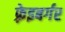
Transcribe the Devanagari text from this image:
फ़्रेइबर्गर